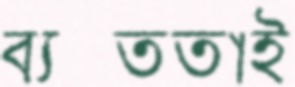
ব্যস্ততাই